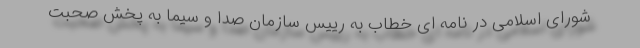
شورای اسلامی در نامه ای خطاب به رییس سازمان صدا و سیما به پخش صحبت